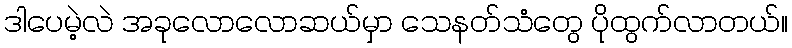
ဒါပေမဲ့လဲ အခုလောလောဆယ်မှာ သေနတ်သံတွေ ပိုထွက်လာတယ်။